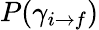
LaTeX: P(\gamma_{i\rightarrow f})